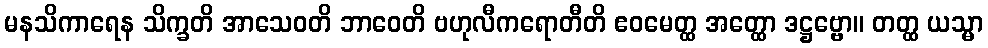
မနသိကာရေန သိက္ခတိ အာသေဝတိ ဘာဝေတိ ဗဟုလီကရောတီတိ ဧဝမေတ္ထ အတ္ထော ဒဋ္ဌဗ္ဗော။ တတ္ထ ယသ္မာ